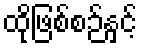
ထိုဖြစ်စဉ်နှင့်